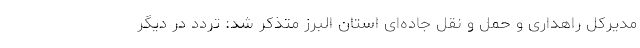
مدیرکل راهداری و حمل و نقل جاده‌ای استان البرز متذکر شد: تردد در دیگر